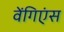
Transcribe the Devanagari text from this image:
वेंगिएंस